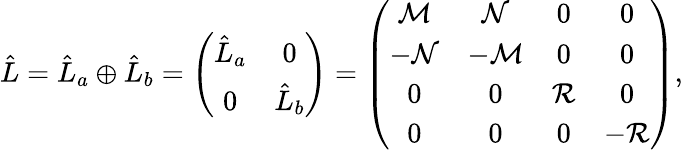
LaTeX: \begin{array}{r}{\hat{L}=\hat{L}_{a}\oplus\hat{L}_{b}=\left(\begin{array}{cc}{\hat{L}_{a}}&{0}\\ {0}&{\hat{L}_{b}}\end{array}\right)=\left(\begin{array}{cccc}{{\cal M}}&{{\cal N}}&{0}&{0}\\ {-{\cal N}}&{-{\cal M}}&{0}&{0}\\ {0}&{0}&{{\cal R}}&{0}\\ {0}&{0}&{0}&{-{\cal R}}\end{array}\right),}\end{array}